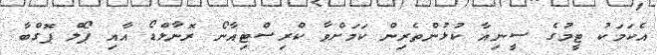
އެކަމަކު ޓީމުގެ ސީނިއާ ކުޅުންތެރިން ކަމަށްވާ ކްރިސްޓިއާނޯ ރޮނާލްޑޯ އާއި ޕޯލް ޕޮގްބާ